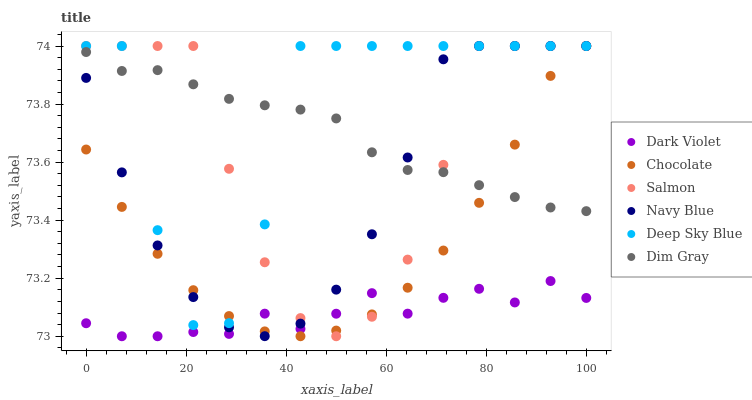
| xaxis_label | Dark Violet | Chocolate | Salmon | Navy Blue | Deep Sky Blue | Dim Gray |
 | --- | --- | --- | --- | --- | --- | --- |
 | 0 | 73 | 73.6 | 74 | 73.9 | 74 | 74 |
 | 7.14 | 73 | 73.4 | 74 | 73.6 | 74 | 73.9 |
 | 14.3 | 73 | 73.3 | 74 | 73.3 | 73.4 | 73.9 |
 | 21.4 | 73 | 73.2 | 74 | 73.1 | 73 | 73.9 |
 | 28.6 | 73 | 73.1 | 73.6 | 73 | 73 | 73.8 |
 | 35.7 | 73.1 | 73 | 73.3 | 73 | 73.4 | 73.8 |
 | 42.9 | 73 | 73 | 73.1 | 73 | 74 | 73.8 |
 | 50 | 73.1 | 73 | 73 | 73.2 | 74 | 73.8 |
 | 57.1 | 73.1 | 73.1 | 73.1 | 73.4 | 74 | 73.6 |
 | 64.3 | 73.1 | 73.2 | 73.3 | 73.6 | 74 | 73.6 |
 | 71.4 | 73.1 | 73.3 | 73.6 | 74 | 74 | 73.6 |
 | 78.6 | 73.2 | 73.5 | 74 | 74 | 74 | 73.5 |
 | 85.7 | 73.1 | 73.7 | 74 | 74 | 74 | 73.5 |
 | 92.9 | 73.2 | 73.9 | 74 | 74 | 74 | 73.4 |
 | 100 | 73.1 | 74 | 74 | 74 | 74 | 73.4 |